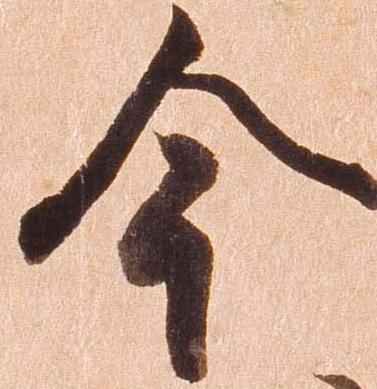
今